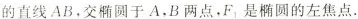
的直线AB，交椭圆于A，B两点，F_{1}是椭圆的左焦点.